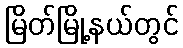
မြိတ်မြို့နယ်တွင်